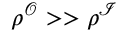
\rho ^ { \mathcal { O } } > > \rho ^ { \mathcal { I } }